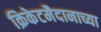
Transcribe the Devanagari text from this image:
क्रिकेटमैदानाच्या